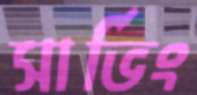
সার্ভিং